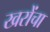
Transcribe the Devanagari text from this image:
खरोंचा